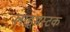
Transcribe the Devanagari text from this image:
लाइभस्टक